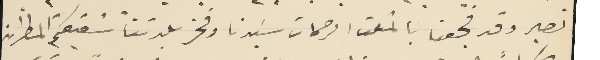
نصير وقد فجعنا بالمثلث الرحمات سَيدنا وفخر بلدتنا شقيقكم المطران